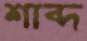
শাব্দ